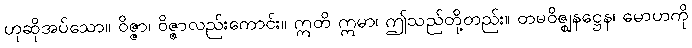
ဟုဆိုအပ်သော။ ဝိဇ္ဇာ၊ ဝိဇ္ဇာလည်းကောင်း။ ဣတိ ဣမာ၊ ဤသည်တို့တည်း။ တမဝိဇ္ဈနဋ္ဌေန၊ မောဟကို